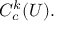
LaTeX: C _ { c } ^ { k } ( U ) .